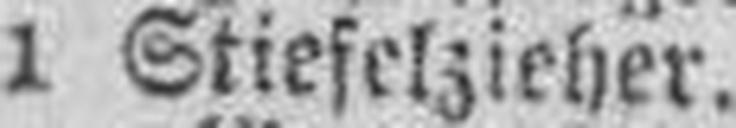
1 Stiefelzieher.